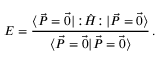
E = \frac { \langle \Vec { P } = \Vec 0 | \, { : } \hat { H } { : } \, | \Vec { P } = \Vec 0 \rangle } { \langle \Vec { P } = \Vec 0 | \Vec { P } = \Vec 0 \rangle } \, .